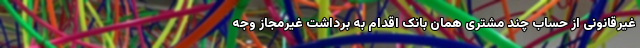
غیرقانونی از حساب چند مشتری همان بانک اقدام به برداشت غیرمجاز وجه